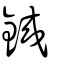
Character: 鋮